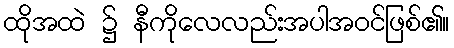
ထိုအထဲ ၌ နီကိုလေလည်းအပါအဝင်ဖြစ်၏။